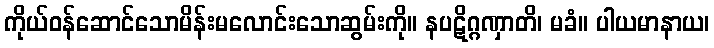
ကိုယ်ဝန်ဆောင်သောမိန်းမလောင်းသောဆွမ်းကို။ နပဋိဂ္ဂဏှာတိ၊ မခံ။ ပါယမာနာယ၊